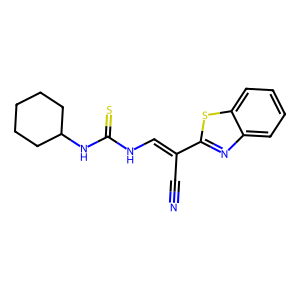
SMILES: N#CC(=CNC(=S)NC1CCCCC1)c1nc2ccccc2s1
Inhibits HIV replication: No